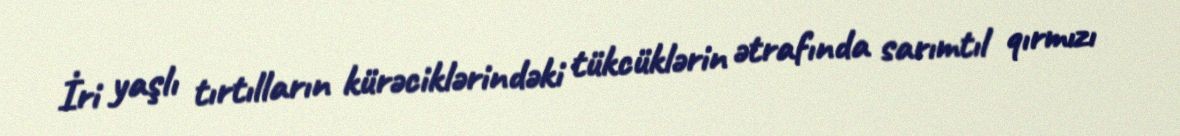
İri yaşlı tırtılların kürəciklərindəki tükcüklərin ətrafında sarımtıl qırmızı